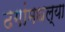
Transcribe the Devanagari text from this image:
ढगांमधल्या